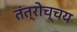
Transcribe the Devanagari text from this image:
तंत्रोच्चय